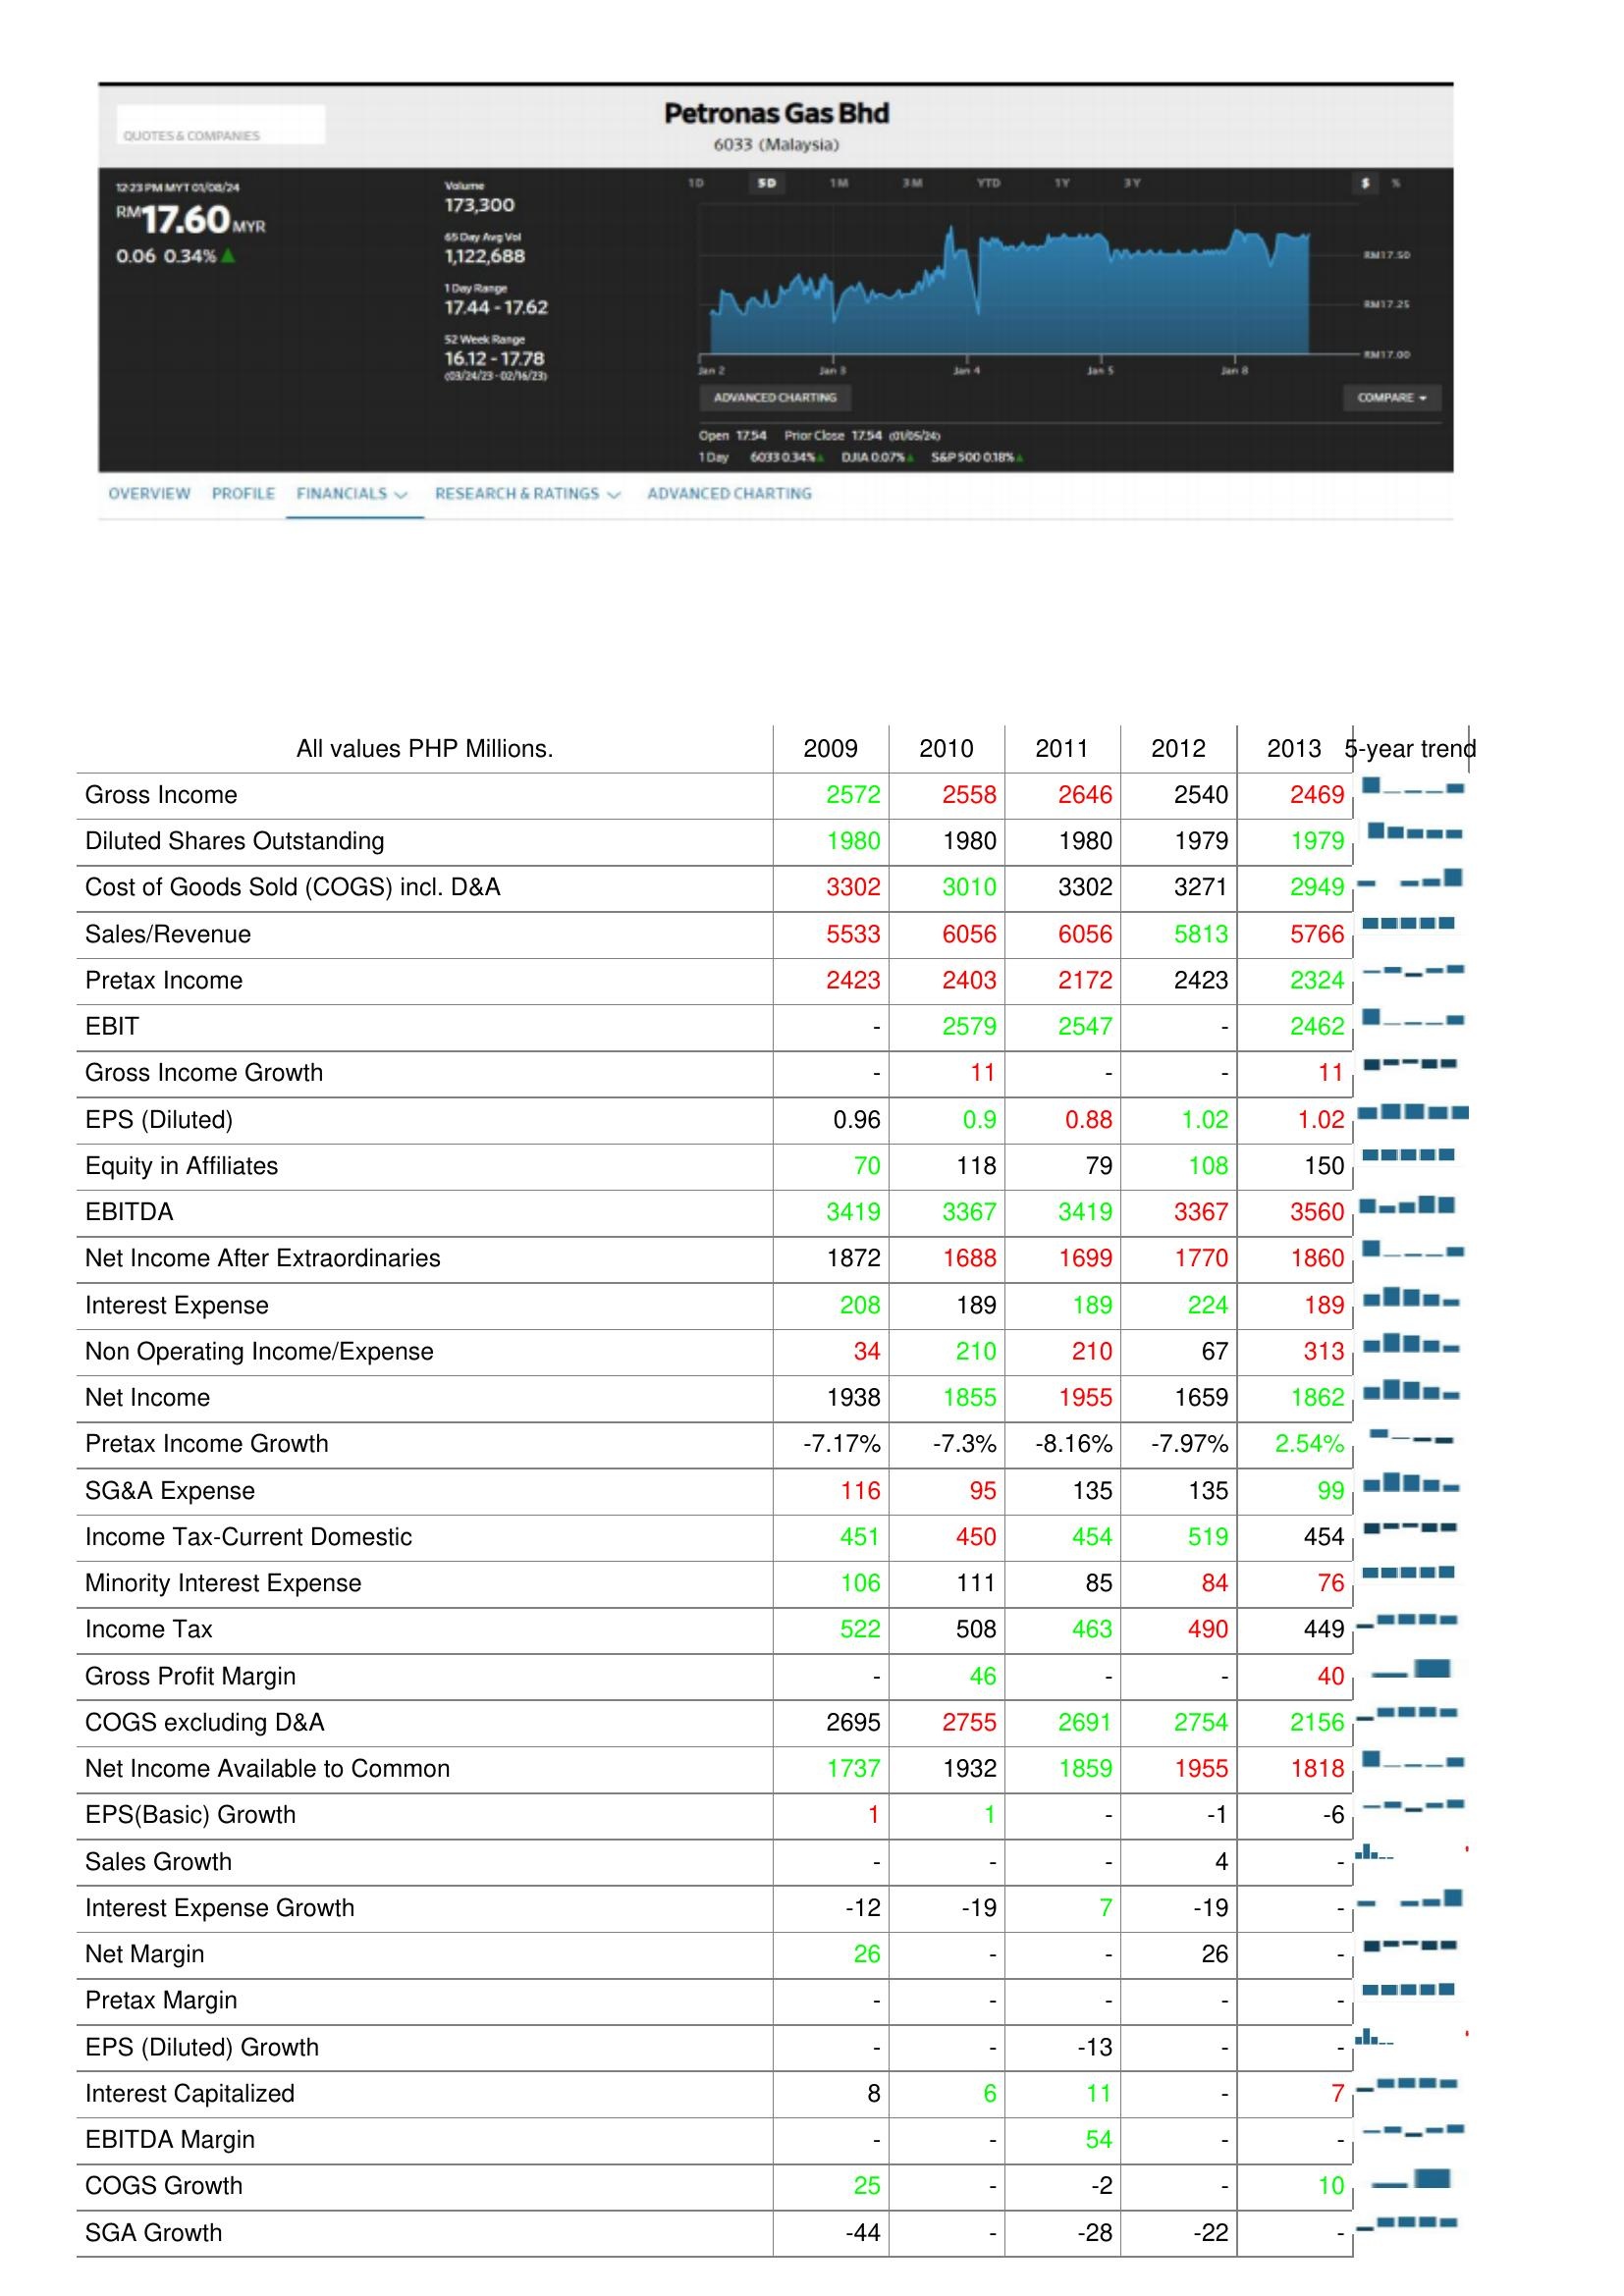
2009: : Gross Income: 2572
Diluted Shares Outstanding: 1980
Cost of Goods Sold (COGS) incl. D&A: 3302
Sales/Revenue: 5533
Pretax Income: 2423
EBIT: -
Gross Income Growth: -
EPS (Diluted): 0.96
Equity in Affiliates: 70
EBITDA: 3419
Net Income After Extraordinaries: 1872
Interest Expense: 208
Non Operating Income/Expense: 34
Net Income: 1938
Pretax Income Growth: -7.17%
SG&A Expense: 116
Income Tax-Current Domestic: 451
Minority Interest Expense: 106
Income Tax: 522
Gross Profit Margin: -
COGS excluding D&A: 2695
Net Income Available to Common: 1737
EPS(Basic) Growth: 1
Sales Growth: -
Interest Expense Growth: -12
Net Margin: 26
Pretax Margin: -
EPS (Diluted) Growth: -
Interest Capitalized: 8
EBITDA Margin: -
COGS Growth: 25
SGA Growth: -44
2010: : Gross Income: 2558
Diluted Shares Outstanding: 1980
Cost of Goods Sold (COGS) incl. D&A: 3010
Sales/Revenue: 6056
Pretax Income: 2403
EBIT: 2579
Gross Income Growth: 11
EPS (Diluted): 0.9
Equity in Affiliates: 118
EBITDA: 3367
Net Income After Extraordinaries: 1688
Interest Expense: 189
Non Operating Income/Expense: 210
Net Income: 1855
Pretax Income Growth: -7.3%
SG&A Expense: 95
Income Tax-Current Domestic: 450
Minority Interest Expense: 111
Income Tax: 508
Gross Profit Margin: 46
COGS excluding D&A: 2755
Net Income Available to Common: 1932
EPS(Basic) Growth: 1
Sales Growth: -
Interest Expense Growth: -19
Net Margin: -
Pretax Margin: -
EPS (Diluted) Growth: -
Interest Capitalized: 6
EBITDA Margin: -
COGS Growth: -
SGA Growth: -
2011: : Gross Income: 2646
Diluted Shares Outstanding: 1980
Cost of Goods Sold (COGS) incl. D&A: 3302
Sales/Revenue: 6056
Pretax Income: 2172
EBIT: 2547
Gross Income Growth: -
EPS (Diluted): 0.88
Equity in Affiliates: 79
EBITDA: 3419
Net Income After Extraordinaries: 1699
Interest Expense: 189
Non Operating Income/Expense: 210
Net Income: 1955
Pretax Income Growth: -8.16%
SG&A Expense: 135
Income Tax-Current Domestic: 454
Minority Interest Expense: 85
Income Tax: 463
Gross Profit Margin: -
COGS excluding D&A: 2691
Net Income Available to Common: 1859
EPS(Basic) Growth: -
Sales Growth: -
Interest Expense Growth: 7
Net Margin: -
Pretax Margin: -
EPS (Diluted) Growth: -13
Interest Capitalized: 11
EBITDA Margin: 54
COGS Growth: -2
SGA Growth: -28
2012: : Gross Income: 2540
Diluted Shares Outstanding: 1979
Cost of Goods Sold (COGS) incl. D&A: 3271
Sales/Revenue: 5813
Pretax Income: 2423
EBIT: -
Gross Income Growth: -
EPS (Diluted): 1.02
Equity in Affiliates: 108
EBITDA: 3367
Net Income After Extraordinaries: 1770
Interest Expense: 224
Non Operating Income/Expense: 67
Net Income: 1659
Pretax Income Growth: -7.97%
SG&A Expense: 135
Income Tax-Current Domestic: 519
Minority Interest Expense: 84
Income Tax: 490
Gross Profit Margin: -
COGS excluding D&A: 2754
Net Income Available to Common: 1955
EPS(Basic) Growth: -1
Sales Growth: 4
Interest Expense Growth: -19
Net Margin: 26
Pretax Margin: -
EPS (Diluted) Growth: -
Interest Capitalized: -
EBITDA Margin: -
COGS Growth: -
SGA Growth: -22
2013: : Gross Income: 2469
Diluted Shares Outstanding: 1979
Cost of Goods Sold (COGS) incl. D&A: 2949
Sales/Revenue: 5766
Pretax Income: 2324
EBIT: 2462
Gross Income Growth: 11
EPS (Diluted): 1.02
Equity in Affiliates: 150
EBITDA: 3560
Net Income After Extraordinaries: 1860
Interest Expense: 189
Non Operating Income/Expense: 313
Net Income: 1862
Pretax Income Growth: 2.54%
SG&A Expense: 99
Income Tax-Current Domestic: 454
Minority Interest Expense: 76
Income Tax: 449
Gross Profit Margin: 40
COGS excluding D&A: 2156
Net Income Available to Common: 1818
EPS(Basic) Growth: -6
Sales Growth: -
Interest Expense Growth: -
Net Margin: -
Pretax Margin: -
EPS (Diluted) Growth: -
Interest Capitalized: 7
EBITDA Margin: -
COGS Growth: 10
SGA Growth: -